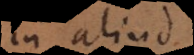
in aliud